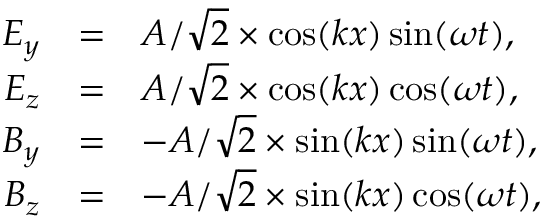
\begin{array} { r c l } { E _ { y } } & { = } & { A / \sqrt { 2 } \times \cos ( k x ) \sin ( \omega t ) , } \\ { E _ { z } } & { = } & { A / \sqrt { 2 } \times \cos ( k x ) \cos ( \omega t ) , } \\ { B _ { y } } & { = } & { - A / \sqrt { 2 } \times \sin ( k x ) \sin ( \omega t ) , } \\ { B _ { z } } & { = } & { - A / \sqrt { 2 } \times \sin ( k x ) \cos ( \omega t ) , } \end{array}